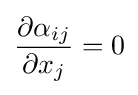
{\frac {\partial \alpha _{ij}}{\partial x_{j}}}=0